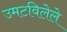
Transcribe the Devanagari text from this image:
उमटविलेले